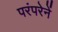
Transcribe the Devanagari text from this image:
परंपरेनें